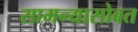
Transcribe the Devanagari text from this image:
सामन्यासोबत